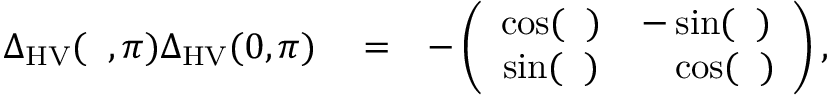
\begin{array} { r l r } { { \Delta } _ { \mathrm { H V } } ( { \it \Delta \phi } , \pi ) { \Delta } _ { \mathrm { H V } } ( 0 , \pi ) } & { { } = } & { - \left( \begin{array} { c c } { \cos ( { \it \Delta \phi } ) } & { - \sin ( { \it \Delta \phi } ) } \\ { \sin ( { \it \Delta \phi } ) } & { \ \ \ \cos ( { \it \Delta \phi } ) } \end{array} \right) , } \end{array}